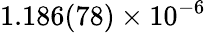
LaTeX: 1.186(78)\times 10^{-6}